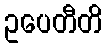
ဥပေတီတိ